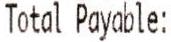
TOTAL PAYABLE: